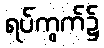
ရပ်ကွက်၌